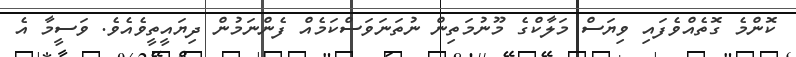
ކޮންމެ ގޮތެއްވެފައި ވިޔަސް މަލާކްގެ މޫނުމަތިން ނުތަނަވަސްކަމެއް ފެންނަމުން ދިޔައީތީވެއެވެ. ވަސީމާ އެ